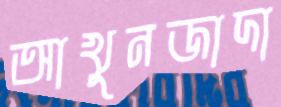
আখুনজাদা